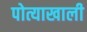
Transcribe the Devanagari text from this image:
पोत्याखाली